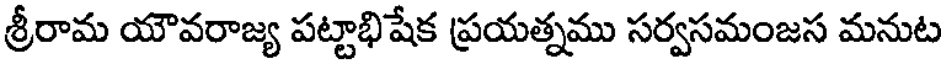
శ్రీరామ యౌవరాజ్య పట్టాభిషేక ప్రయత్నము సర్వసమంజస మనుట